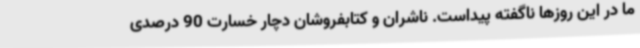
ما در این روزها ناگفته پیداست. ناشران و کتابفروشان دچار خسارت 90 درصدی